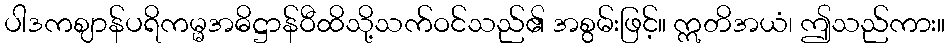
ပါဒကဈာန်ပရိကမ္မအဓိဋ္ဌာန်ဝီထိသို့သက်ဝင်သည်၏ အစွမ်းဖြင့်။ ဣတိအယံ၊ ဤသည်ကား။